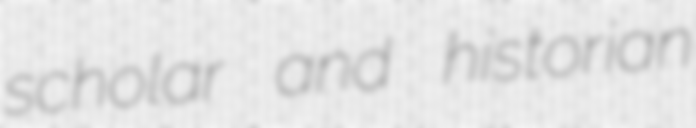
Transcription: scholar and historian